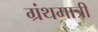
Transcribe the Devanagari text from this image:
ग्रंथमात्री